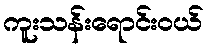
ကူးသန်းရောင်းဝယ်